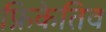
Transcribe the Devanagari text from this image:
फ्रिकेतिव